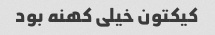
کیکتون خیلی کهنه بود